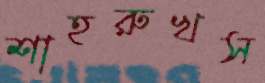
শাহরুখস